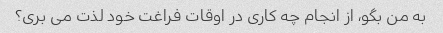
به من بگو، از انجام چه کاری در اوقات فراغت خود لذت می بری؟